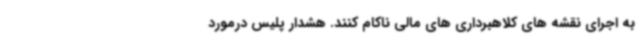
به اجرای نقشه های کلاهبرداری های مالی ناکام کنند. هشدار پلیس درمورد